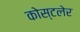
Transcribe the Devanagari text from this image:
कोस्टलेर